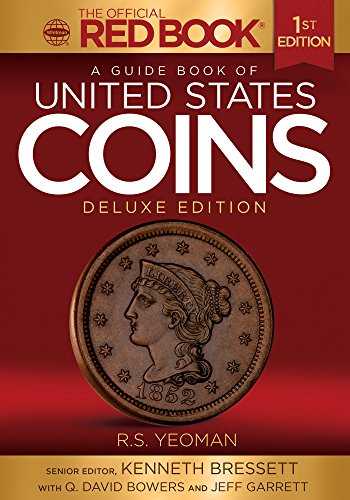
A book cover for A Guide Book of United States Coins Deluxe Edition; Kenneth Bressett; Crafts, Hobbies & Home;